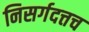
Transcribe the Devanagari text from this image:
निसर्गदत्तच